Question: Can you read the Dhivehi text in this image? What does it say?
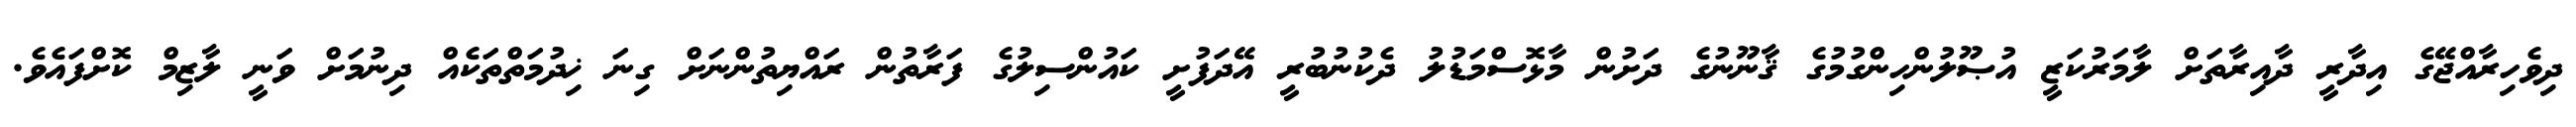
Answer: ދިވެހިރާއްޖޭގެ އިދާރީ ދާއިރާތަށް ލާމަރުކަޒީ އުޞޫލުންހިންގުމުގެ ޤާނޫނުގެ ދަށުން މާޅޮސްމަޑުލު ދެކުނުބުރީ އޭދަފުށީ ކައުންސިލުގެ ފަރާތުން ރައްޔިތުންނަށް ގިނަ ޚިދުމަތްތަކެއް ދިނުމަށް ވަނީ ލާޒިމް ކޮށްފައެވެ.